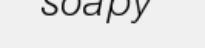
soapy